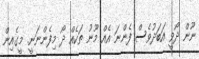
ނޫން ދޯވީ އަބަދުވެސް ފެންނަ އެއް މޫނު ތަކެއް ދޯ މިފެންނަނީ. މީގެއިން